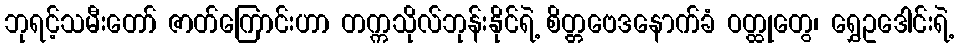
ဘုရင့်သမီးတော် ဇာတ်ကြောင်းဟာ တက္ကသိုလ်ဘုန်းနိုင်ရဲ့ စိတ္တဗေဒနောက်ခံ ဝတ္ထုတွေ၊ ရွှေဥဒေါင်းရဲ့